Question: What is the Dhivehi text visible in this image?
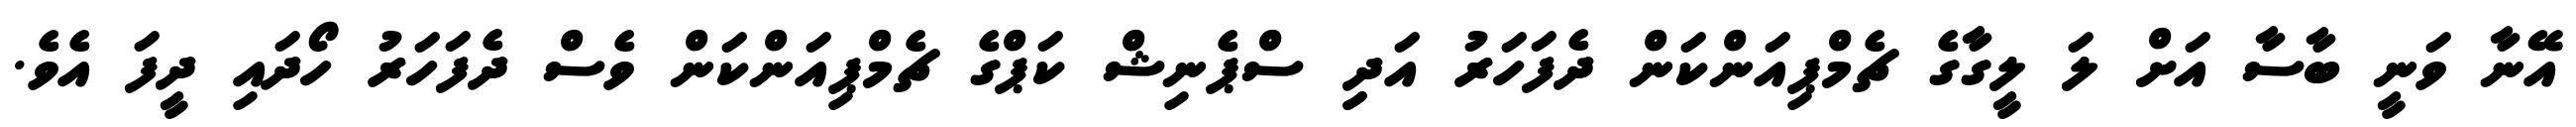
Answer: އޭނާ ވަނީ ބާސާ އަށް ލަ ލީގާގެ ޗެމްޕިއަންކަން ދެފަހަރު އަދިި ސްޕެނިޝް ކަޕްގެ ޗެމްޕިއަންކަން ވެސް ދެފަހަރު ހޯދައި ދީފަ އެވެ.